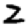
Digit: 2